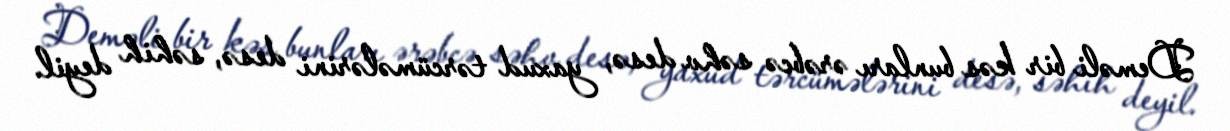
Deməli bir kəs bunları ərəbcə səhv desə, yaxud tərcümələrini desə, səhih deyil.